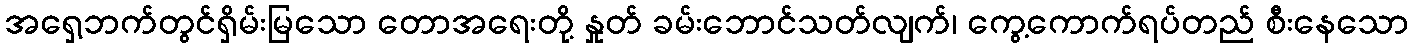
အရှေ့ဘက်တွင်ရှိမ်းမြသော တောအရေးတို့ နှုတ် ခမ်းဘောင်သတ်လျက်၊ ကွေ့ကောက်ရပ်တည် စီးနေသော